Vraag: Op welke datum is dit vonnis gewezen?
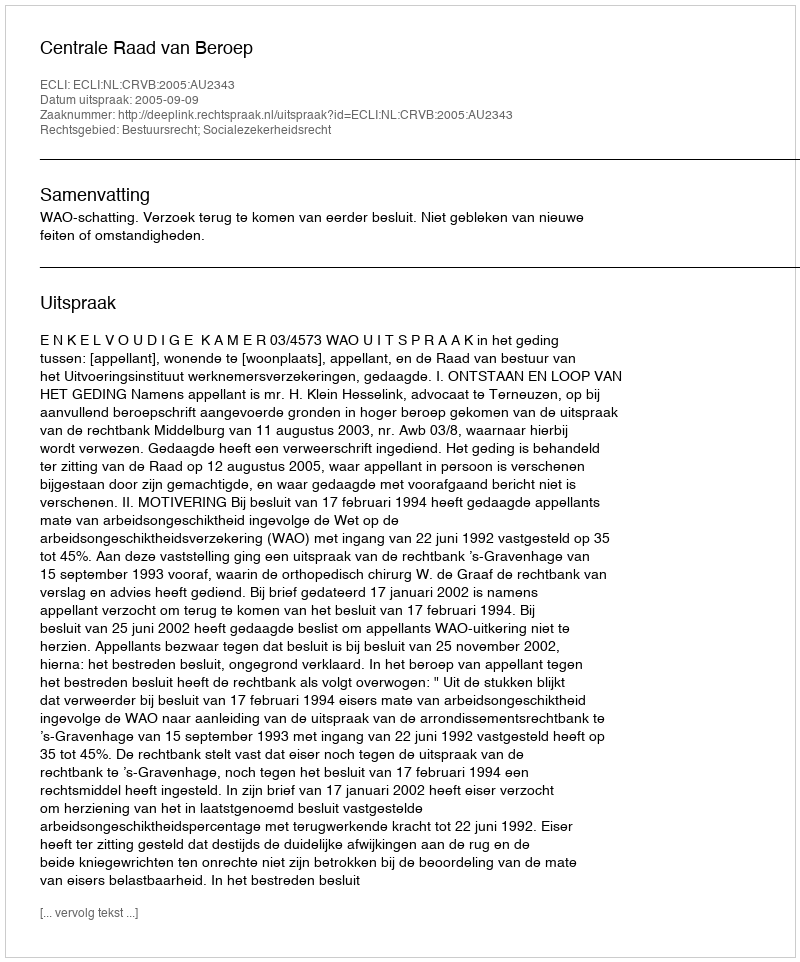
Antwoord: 2005-09-09